Calcutta medical institutions reports 1871-78
Year: 1871
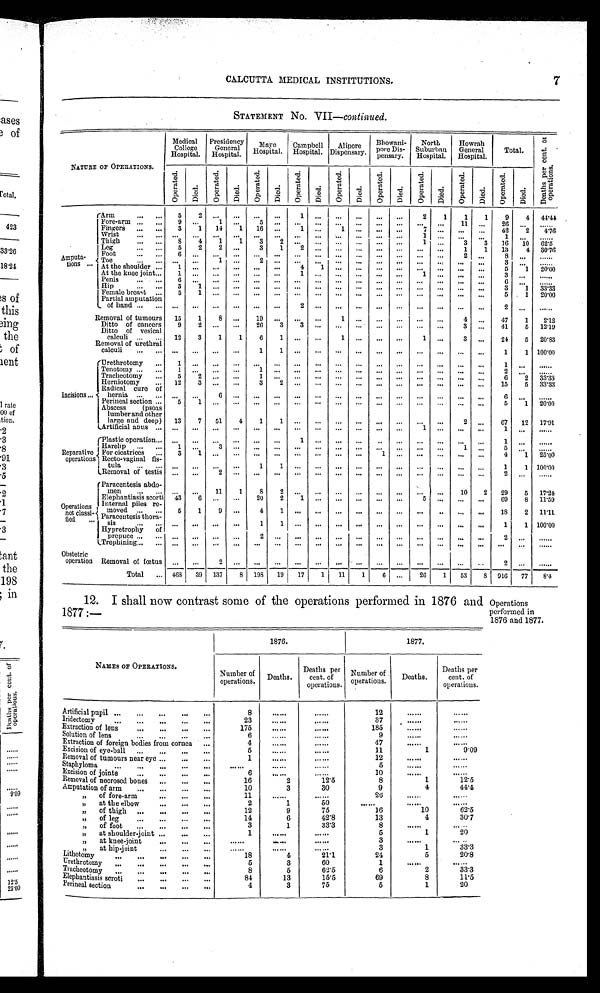
7
CALCUTTA MEDICAL INSTITUTIONS.
STATEMENT No. VII—continued.
NATURE OF OPERATIONS.
Medical
College
Hospital.
Presidency
General
Hospital.
Mayo
Hospital.
Campbell
Hospital.
Alipore
Dispensary.
Bhowani-
pore Dis-
pensary.
North
Suburban
Hospital.
Howrah
General
Hospital.
Total.
D e a t h s p e r c e n t . 0 1 o p e r a t i o n s .
Oper at ed.
Di e d .
O p e r a t e d .
D i e d .
O p e r a t e d .
Di ed.
O p e r a t e d .
Di e d .
O p e r a t e d .
D i e d .
O p e r a t e d .
D i e d .
Oper at ed.
D i e d .
O p e r a t e d .
Di e d .
O p e r a t e d .
Di e d .
Amputa-
ti ons
Arm
5
2
. . .
. . .
. . .
. . .
1
. . .
. . .
. . .
. . .
. . .
2
1
1
1
9
4
4 4 . 4 4
Fore-arm
9 . . .
1
. . .
5
. . .
. . .
. . .
. . .
. . .
. . .
. . .
. . .
. . .
1 1
. . .
2 6
. . .
. . . . . .
Fingers
3
1
1 4
1
1 6
. . .
1
. . .
1
. . .
. . .
. . .
7
. . .
. . .
. . .
4 2
2
4 . 7 6
Wrist
. . .
. . .
. . .
. . .
. . .
. . .
. . .
. . .
. . .
. . .
. . .
. . .
1
. . .
. . .
. . .
1
. . .
. . . . . .
Thigh
8
4
1
1
3
2
. . .
. . .
. . .
. . .
. . .
. . .
1
. . .
3
3
1 6
1 0
6 2 . 5
Leg
5
2
2
. . .
3
1
2
. . .
. . .
. . .
. . .
. . .
. . .
. . .
1
1
1 3
4
3 0 . 7 6
Foot
6
. . .
. . .
. . .
. . .
. . .
. . .
. . .
. . .
. . .
. . .
. . .
. . .
. . .
2
. . .
8
. . .
. . . . . .
Toe
. . .
. . .
1
. . .
2
. . .
. . .
. . .
. . .
. . .
. . .
. . .
. . .
. . .
. . .
. . .
3
. . .
. . . . . .
At the shoulder
1 . . .
. . .
. . .
. . .
. . .
4
1
. . .
. . .
. . .
. . .
. . .
. . .
. . .
. . .
5
1
2 0 . 0 0
At the knee joint
1
. . .
. . .
. . .
. . .
. . .
1
. . .
. . .
. . .
. . .
. . .
1
. . .
. . .
. . .
3
. . .
. . . . . .
Penis
6
. . .
. . .
. . .
. . .
. . .
. . .
. . .
. . .
. . .
. . .
. . .
. . .
. . .
. . .
. . .
6
. . .
. . . . . .
Hip
3
1
. . .
. . .
. . .
. . .
. . .
. . .
. . .
. . .
. . .
. . .
. . .
. . .
. . .
. . .
3
1
3 3 . 3 3
Female breast
5
1
. . .
. . .
. . .
. . .
. . .
. . .
. . .
. . .
. . .
. . .
. . .
. . .
. . .
. . .
6
1
2 0 . 0 0
Partial amputation
of hand
. . .
. . .
. . .
. . .
. . .
. . .
2
. . .
. . .
. . .
. . .
. . .
. . .
. . .
. . .
. . .
2
. . .
. . . . . .
Removal of tumours
1 5
1
8
. . .
1 0
. . .
. . .
. . .
1
. . .
. . .
. . .
. . .
. . .
4
. . .
4 7
1
2 . 1 2
D i t t o o f c a n c e r s
9
2
. . .
. . .
2 6
3
3
. . .
. . .
. . .
. . .
. . .
. . .
. . .
3
. . .
4 1
5
1 2 . 1 9
Ditto of vesical c a l c u l i
1 2
3
1
1
6
1
. . .
. . .
1
. . .
. . .
. . .
1
. . .
3
. . .
2 4
5
2 0 . 8 8
Removal of urethral c a l c u l i
. . .
. . .
. . .
. . .
1
1
. . .
. . .
. . .
. . .
. . .
. . .
. . .
. . .
. . .
. . .
1
1
1 0 0 . 0 0
Incisions
Urethrotomy
1
. . .
. . .
. . .
. . .
. . .
. . .
. . .
. . .
. . .
. . .
. . .
. . .
. . .
. . .
. . .
1
. . .
. . . . . .
Tenotomy
1
. . .
. . .
. . .
1
. . .
. . .
. . .
. . .
. . .
. . .
. . .
. . .
. . .
. . .
. . .
2
. . .
. . . . . .
Tracheotomy
5
2
. . .
. . .
1
. . .
. . .
. . .
. . .
. . .
. . .
. . .
. . .
. . .
. . .
. . .
6
2
3 3 . 3 3
Herniotomy
1 2
3
. . .
. . .
3
2
. . .
. . .
. . .
. . .
. . .
. . .
. . .
. . .
. . .
. . .
1 5
5
3 3 . 3 3
Radical cure of
hernia
. . .
. . .
6
. . .
. . .
. . .
. . .
. . .
. . .
. . .
. . .
. . .
. . .
. . .
. . .
. . .
6
. . .
. . . . . .
Perineal section
5
1
. . .
. . .
. . .
. . .
. . .
. . .
. . .
. . .
. . .
. . .
. . .
. . .
. . .
. . .
5
1
2 0 . 0 0
Abscess (psoas
lumber and other
large and deep)
1 3
7
6 1
4
1
1
. . .
. . .
. . .
. . .
. . .
. . .
. . .
. . .
2
. . .
6 7
1 2
1 7 . 9 1
Artificial abus
. . .
. . .
. . .
. . .
. . .
. . .
. . .
. . .
. . .
. . .
. . .
. . .
1
. . .
. . .
. . .
1
. . .
. . . . . .
Reparative
operations
Plastic operation
. . .
. . .
. . .
. . .
. . .
. . .
1
. . .
. . .
. . .
. . .
. . .
. . .
. . .
. . .
. . .
1
. . .
. . . . . .
Harelip
1
. . .
3
. . .
. . .
. . .
. . .
. . .
. . .
. . .
. . .
. . .
. . .
. . .
1
. . .
5
. . .
. . . . . .
For cicatrices
3
1
. . .
. . .
. . .
. . .
. . .
. . .
. . .
. . .
1
. . .
. . .
. . .
. . .
. . .
4
1
2 5 . 0 0
Recto-vaginal fis-
tula
. . .
. . .
. . .
. . .
1
1
. . .
. . .
. . .
. . .
. . .
. . .
. . .
. . .
. . .
. . .
1
1
1 0 0 . 0 0
Removal of testis
. . .
. . .
2
. . .
. . .
. . .
. . .
. . .
. . .
. . .
. . .
. . .
. . .
. . .
. . .
. . .
2
. . .
. . . . . .
Operations not classi-
fied
Paracentesis abdo-
men
. . .
. . .
1 1
1
8
2
. . .
. . .
. . .
. . .
. . .
. . .
. . .
. . .
1 0
2
2 9
5
1 7 . 2 4
Elephantiasis scorti
4 3
6
. . .
. . .
2 0
2
1
. . .
. . .
. . .
. . .
. . .
5
. . .
. . .
. . .
6 9
8
1 1 . 5 9
Internal piles re-
moved
5
1
9
. . .
4
1
. . .
. . .
. . .
. . .
. . .
. . .
. . .
. . .
. . .
. . .
1 8
2
1 1 . 1 1
Paracentesisthora- sis
. . .
. . .
. . .
. . .
1
1
. . .
. . .
. . .
. . .
. . .
. . .
. . .
. . .
. . .
. . .
1
1
1 0 0 . 0 0
Hypretrophy of
prepuce
. . .
. . .
. . .
. . .
2
. . .
. . .
. . .
. . .
. . .
. . .
. . .
. . .
. . .
. . .
. . .
2
. . .
. . . . . .
Trephining
. . .
. . .
. . .
. . .
. . .
. . .
. . .
. . .
. . .
. . .
. . .
. . .
. . .
. . .
. . .
. . .
. . .
. . .
. . . . . .
Obstetric
operation Removal of fetus
. . .
. . .
2
. . .
. . .
. . .
. . .
. . .
. . .
. . .
. . .
. . .
. . .
. . .
. . .
. . .
2
. . .
. . . . . .
Total
4 6 8
3 9
1 3 7
8
1 9 8
1 9
1 7
1
1 1
1
6
. . .
2 6
1
5 3
8
9 1 6
7 7
8 . 4
12. I shall now contrast some of the operations performed in 1876 and
1877 :—
Operations
performed in
1876 and 1877.
NAMES OF OPERATIONS.
1876.
1877.
Number of
operations. Deaths.
Deaths per
cent. of
operations.
Number of
operations.
Deaths.
Deaths per
cent. of
operations.
Artificial pupil
8
. . . . . .
. . . . . .
1 2
. . . . . .
. . . . . .
Iridectomy
2 3
. . . . . .
. . . . . .
3 7
. . . . . .
. . . . . .
Extraction of lens
1 7 5
. . . . . .
. . . . . .
1 8 5
. . . . . .
. . . . . .
Solution of lens
6
. . . . . .
. . . . . .
9
. . . . . .
. . . . . .
Extraction of foreign bodies from cornea
4
. . . . . .
. . . . . .
4 7
. . . . . .
. . . . . .
Excision of eye-ball
5
. . . . . .
. . . . . .
1 1
1
9 . 0 9
Removal of turnouts near eye
1
. . . . . .
. . . . . .
1 2
. . . . . .
. . . . . .
Staphyloma
. . . . . .
. . . . . .
. . . . . .
5
. . . . . .
. . . . . .
Excision of joints
6
. . . . . .
1 0
. . . . . .
. . . . . .
Removal of necrosed bones
1 6
2
1 2 . 5
8
1
1 2 . 5
Amputation of arm
1 0
3
3 0
9
4
4 4 . 4
„ of fore-arm
1 1
. . . . . .
. . . . . .
2 6
. . . . . .
. . . . . .
„ at the el bow
2
1
5 0
. . . . . .
. . . . . .
. . . . . .
„ of thigh
1 2
9
7 5
1 6
1 0
6 2 . 5
„ of leg
1 4
6
4 2 . 8
1 3
4
3 0 . 7
„of foot
3
1
3 3 . 3
8
. . . . . .
. . . . . .
„ at shoulder-joint
1
. . . . . .
. . . . . .
5
1
2 0
„ at knee-joint
. . . . . .
. . . . . .
. . . . . .
3
. . . . . .
. . . . . .
at hip-joint
. . . . . .
. . . . . .
. . . . . .
3
1
3 3 . 3
Lithotomy
1 8
4
2 1 . 1
2 4
5
2 0 . 8
Urethrotomy
5
3
6 0
1
. . . . . .
. . . . . .
Tracheotomy
8
5
6 2 . 5
6
2
3 3 . 3
Elephantiasis scorti
8 4
1 3
1 5 . 5
6 9
8
1 1 . 5
Perineal section
4
3
7 5
5
1
2 0